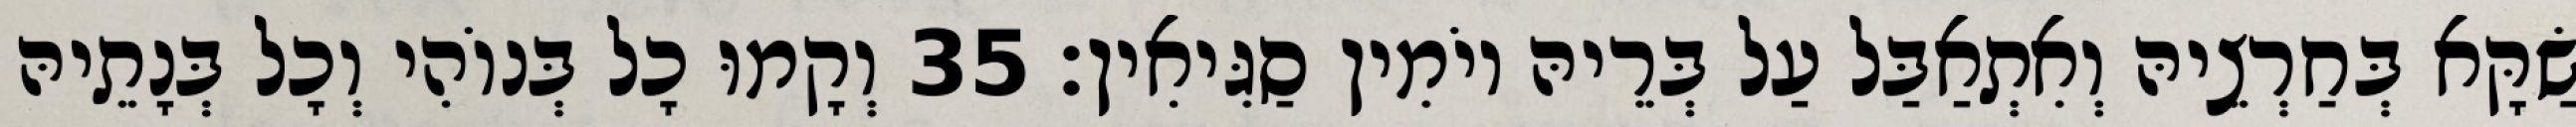
שַׂקָּא בְּחַרְצֵיהּ וְאִתְאַבַּל עַל בְּרֵיהּ יוֹמִין סַגִּיאִין׃ 35 וְקָמוּ כָל בְּנוֹהִי וְכָל בְּנָתֵיהּ